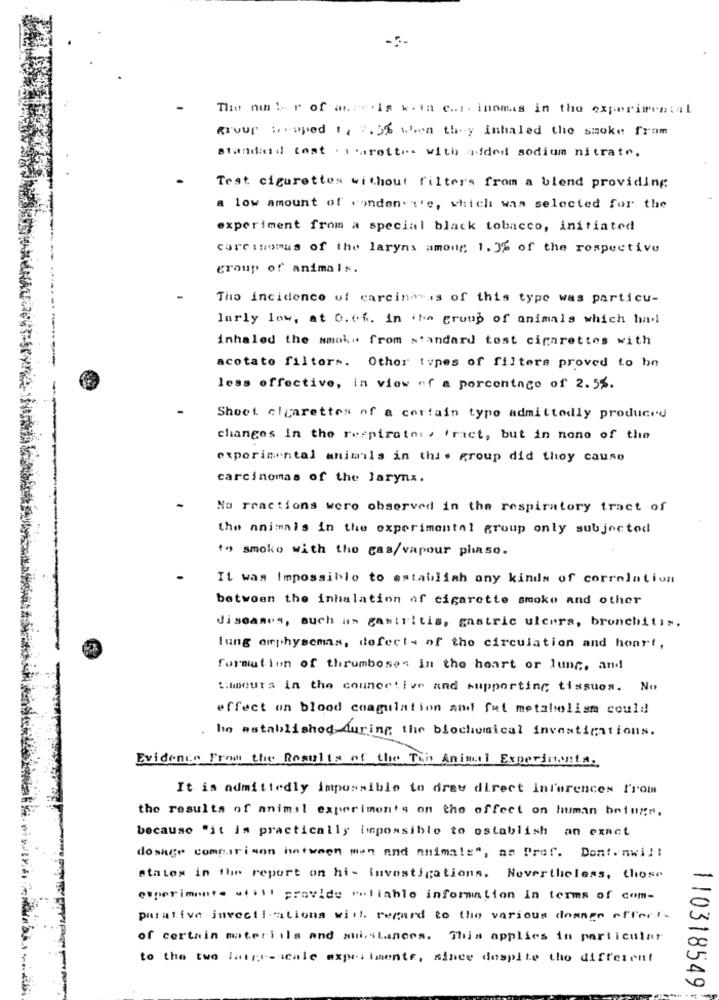
The ni !- r of anur . is w.in chi. inomas in the experimental
group :raped 1, 2.5% when they inhaled the smoke from
standard tost . sarottos with added sodium nitrato.
Test cigurettes without filters from a blend providing
a low amount of condon't'e, which was selected for the
experiment from a special black tobacco, initiated
carcinomas of the laryns among, 1.3% of the respective
group of animals.
Tho incidence uf carcino"is of this type was particu-
larly low, at O.c.f. in the group of animals which had
inhaled the smok" from standard tost cigarettes with
acotate filters. Other types of filters proved to be
less effective, in view of a percentage of 2.5%.
Shoot cigarettes of a certain typo admittedly produced
changes in the respiratory fract, but in none of the
experimental animals in this group did thoy cause
carcinomas of the larynx.
No reactions were observed in the respiratory tract of
the animals in the experimental group only subjected
to smoke with the gas/vapour phaso.
It was Impossible to establish any kinds of correlation
between the inhalation af cigarette smoke and other
diseases, such as gastritis, gastric ulcers, bronchitis.
lung emphysemas, defects of the circulation and honrt,
formation of thrumboses in the heart or lung, and
Humours in the connective and supporting tissues. No
effect on blood coagulation and fut metabolism could
. ho established during the biochemical investigations.
Evidence From the Results of the Thi Animal Experimenta.
It is admittedly impossible to drey direct inferences from
the results of animal experimen's on the effect on human beings.
because "it is practically impossible to establish an exact
dosage comparison hntween men and animals", as Prof. Dont.nwi !:
states in the report on hi- investigations. Nevertheless, those
experimente will provide reliable information in terms of com-
parative invectiations with regard to the various dosage effect.
of certain materiils and suisLances. This applies in particular
to the two Intgr-icale experimente, since despite the different
110318549